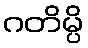
ဂတိမ္ပိ